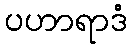
ပဟာရာဒံ